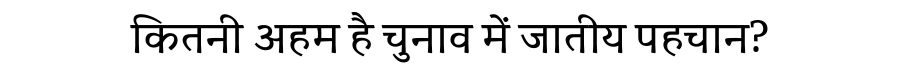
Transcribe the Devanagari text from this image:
कितनी अहम है चुनाव में जातीय पहचान?